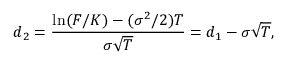
d _ { 2 } = { \frac { \ln ( F / K ) - ( \sigma ^ { 2 } / 2 ) T } { \sigma { \sqrt { T } } } } = d _ { 1 } - \sigma { \sqrt { T } } ,